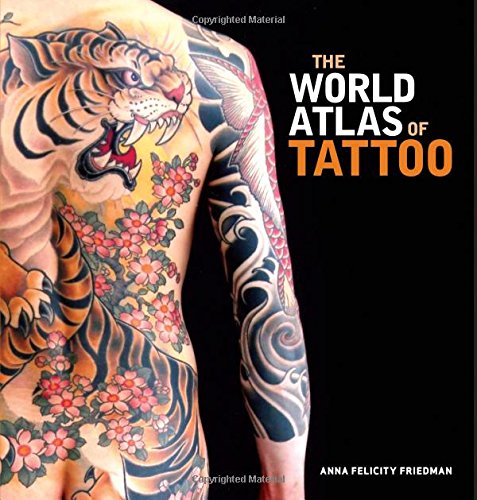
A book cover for The World Atlas of Tattoo; Anna Felicity Friedman; Arts & Photography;